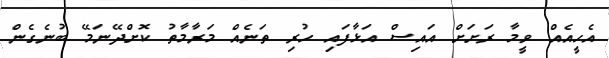
އެހީއެއް ވީމާ ރަށަށް އައިސް އަޅާފައި ހުރި ތަނެއް މަރާމާތު ކޮށްދޭނަމޭ ބުނެެގެން